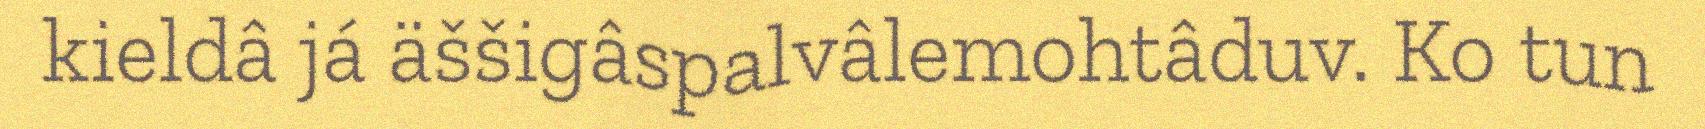
kieldâ já äššigâspalvâlemohtâduv. Ko tun